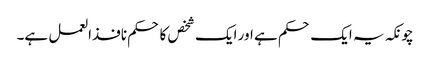
چونکہ یہ ایک حکم ہے اور ایک شخص کا حکم نافذالعمل ہے۔